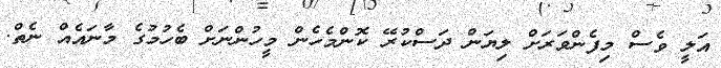
އަލީ ވެސް މިފެންވަރަށް ލިޔަން ދަސްކުރޭ ކޮންމެހެން މީހުންނަށް ބެހުމުގެ މާނައެއް ނެތް.